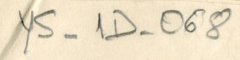
YS - 1D - 068